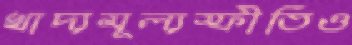
খাদ্যমূল্যস্ফীতিও